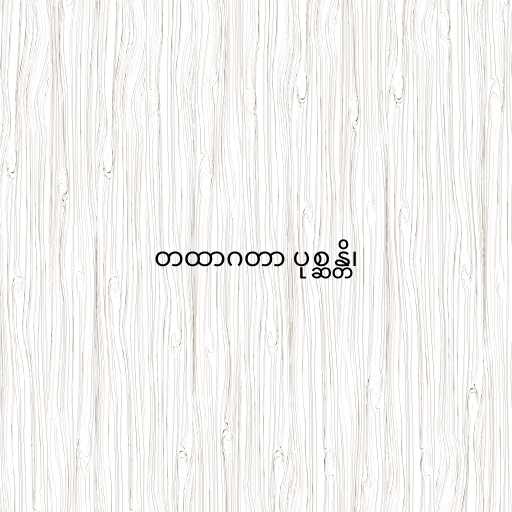
တထာဂတာ ပုစ္ဆန္တိ၊